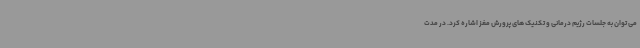
می توان به جلسات رژیم درمانی و تکنیک های پرورش مغز اشاره کرد. در مدت